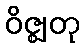
ဝိဇ္ဈတု